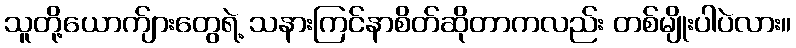
သူတို့ယောက်ျားတွေရဲ့ သနားကြင်နာစိတ်ဆိုတာကလည်း တစ်မျိုးပါပဲလား။